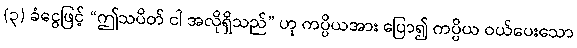
(၃) ခံငွေဖြင့် “ဤသပိတ် ငါ အလိုရှိသည်” ဟု ကပ္ပိယအား ပြော၍ ကပ္ပိယ ဝယ်ပေးသော